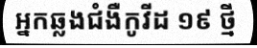
អ្នកឆ្លងជំងឺកូវីដ ១៩ ថ្មី